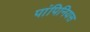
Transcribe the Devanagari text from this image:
पांपिनियस